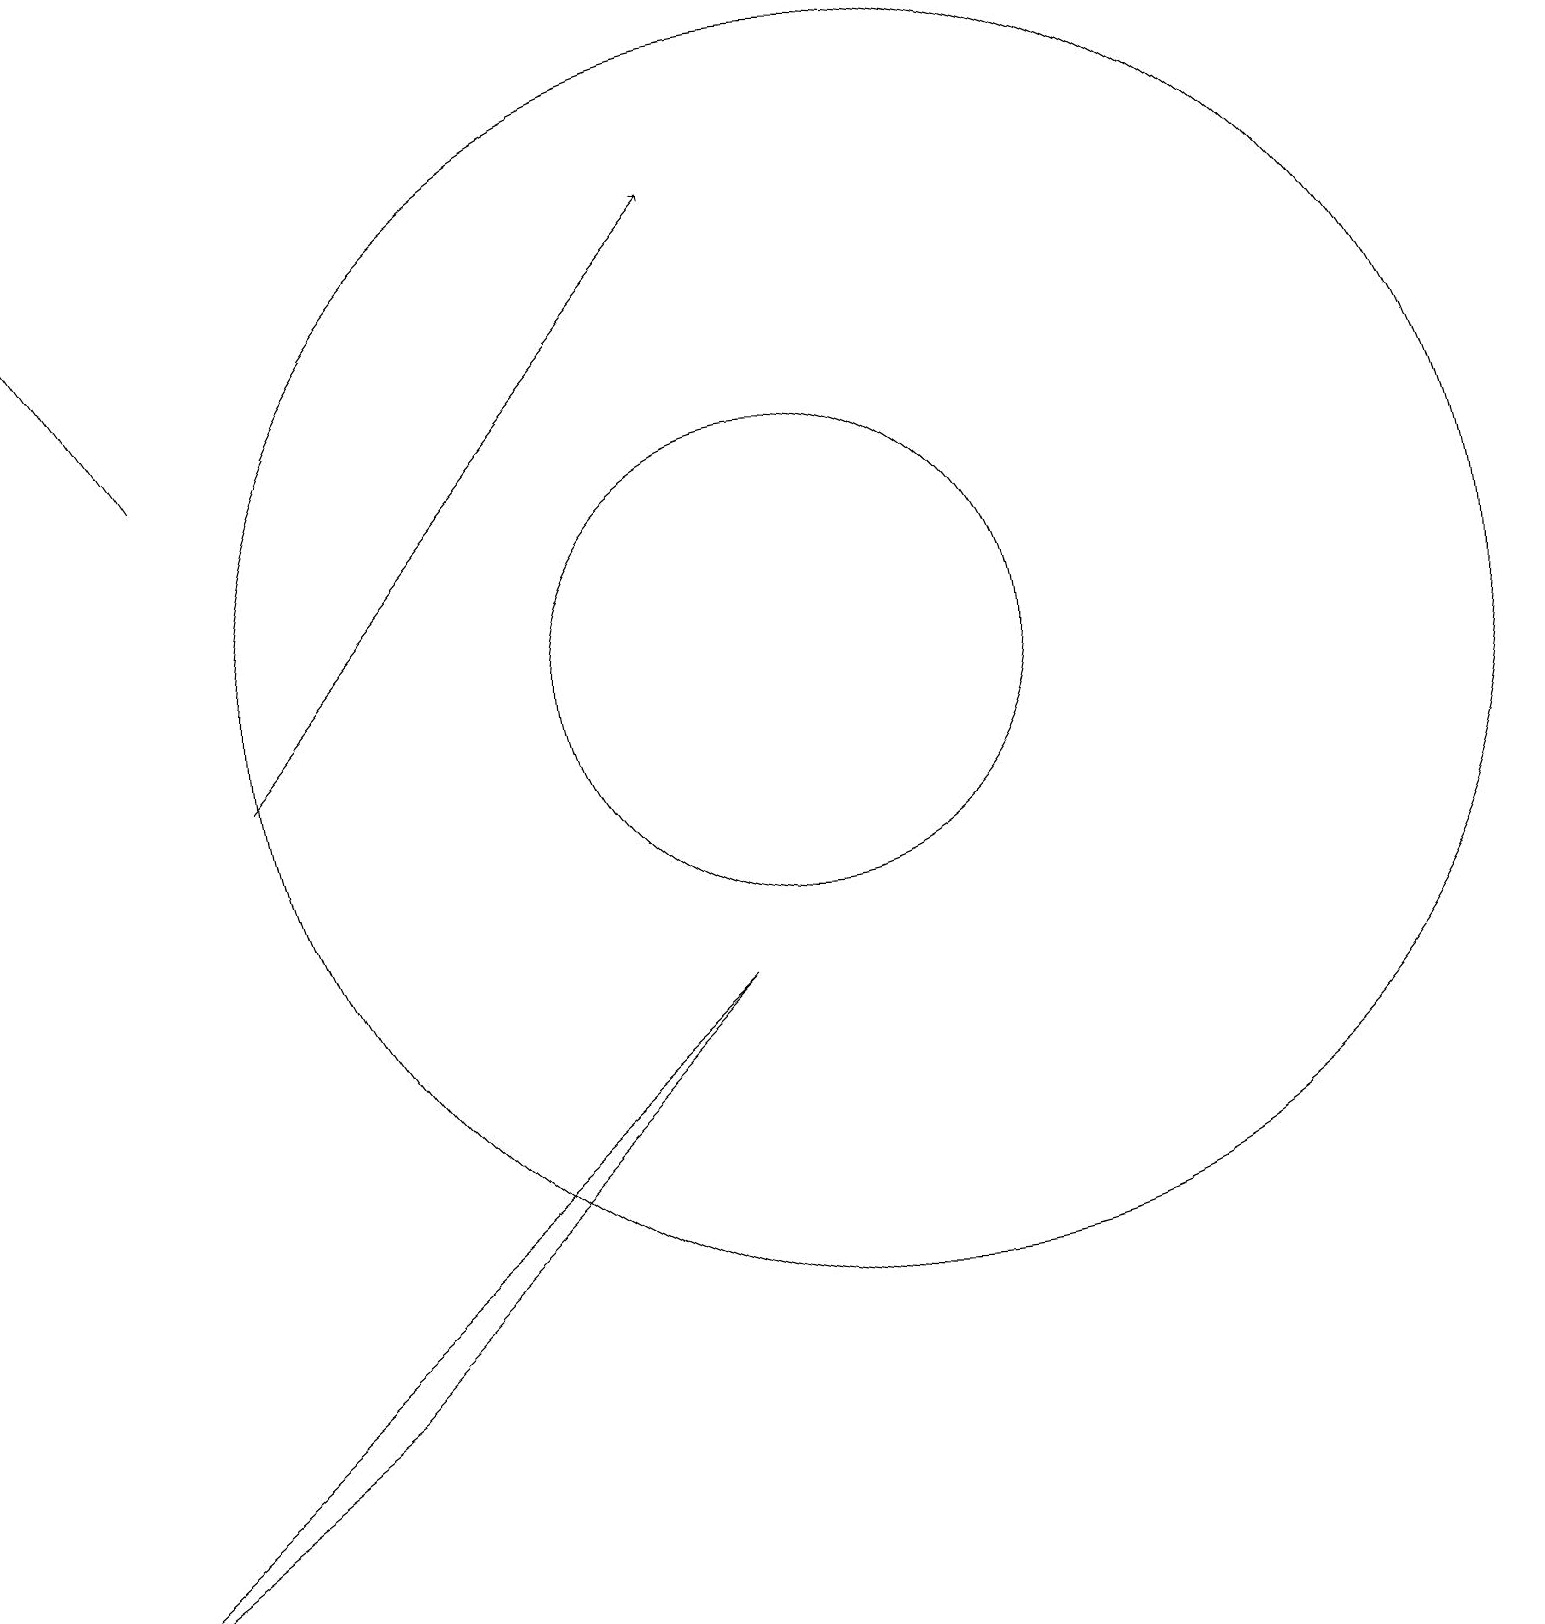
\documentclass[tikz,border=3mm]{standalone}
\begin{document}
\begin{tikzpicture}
\draw (9,8) -- (0,0) -- (4,3) -- cycle;
\draw (11,12) circle (8);
\draw (10,12) circle (3);
\draw[->] (3,11) -- (9,18);
\draw[->] (2,15) -- (0,18);
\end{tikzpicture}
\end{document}